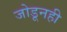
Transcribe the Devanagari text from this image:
जोडूनही